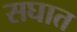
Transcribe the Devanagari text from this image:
सघात